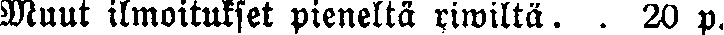
Muut ilmoitukset pieneltä riwiltä. . 20 p.